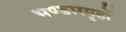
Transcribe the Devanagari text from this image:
भण्डारगृहों